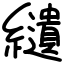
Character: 𦇞